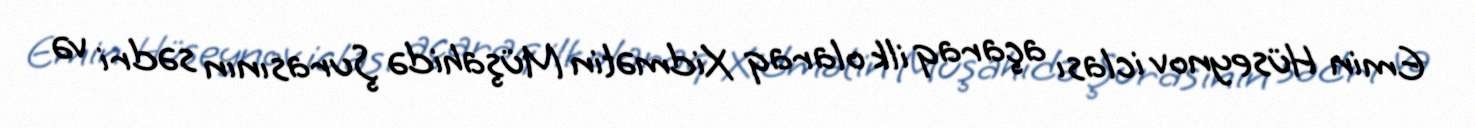
Emin Hüseynov iclası açaraq ilk olaraq Xidmətin Müşahidə Şurasının sədri və